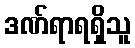
ဒဏ်ရာရရှိသူ